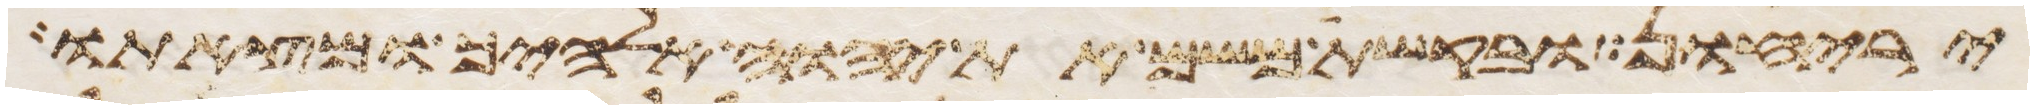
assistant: יריחון ובקשת משם את יהוה אלהיך ומצאתו